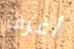
أعرف